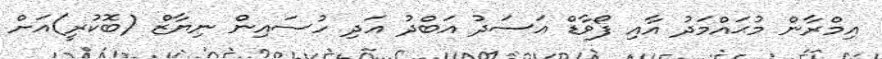
އިމްރާން މުޙައްމަދު އާއި ފޯވާޑް އަސަދު އަބްދު އަދި ހުސައިން ނިޔާޒް (ބޮކުރީ)އަށް